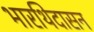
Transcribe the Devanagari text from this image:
भारथिदासन